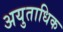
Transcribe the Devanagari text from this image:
अयुताधिक